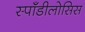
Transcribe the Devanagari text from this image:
स्पॉँडीलोसिस